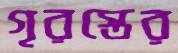
গৃরস্তের